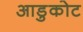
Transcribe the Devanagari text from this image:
आडुकोट